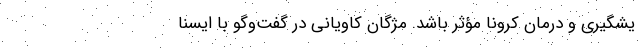
یشگیری و درمان کرونا مؤثر باشد. مژگان کاویانی در گفت‌وگو با ایسنا